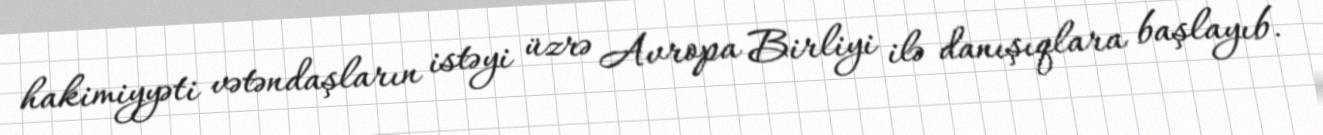
hakimiyyəti vətəndaşların istəyi üzrə Avropa Birliyi ilə danışıqlara başlayıb.